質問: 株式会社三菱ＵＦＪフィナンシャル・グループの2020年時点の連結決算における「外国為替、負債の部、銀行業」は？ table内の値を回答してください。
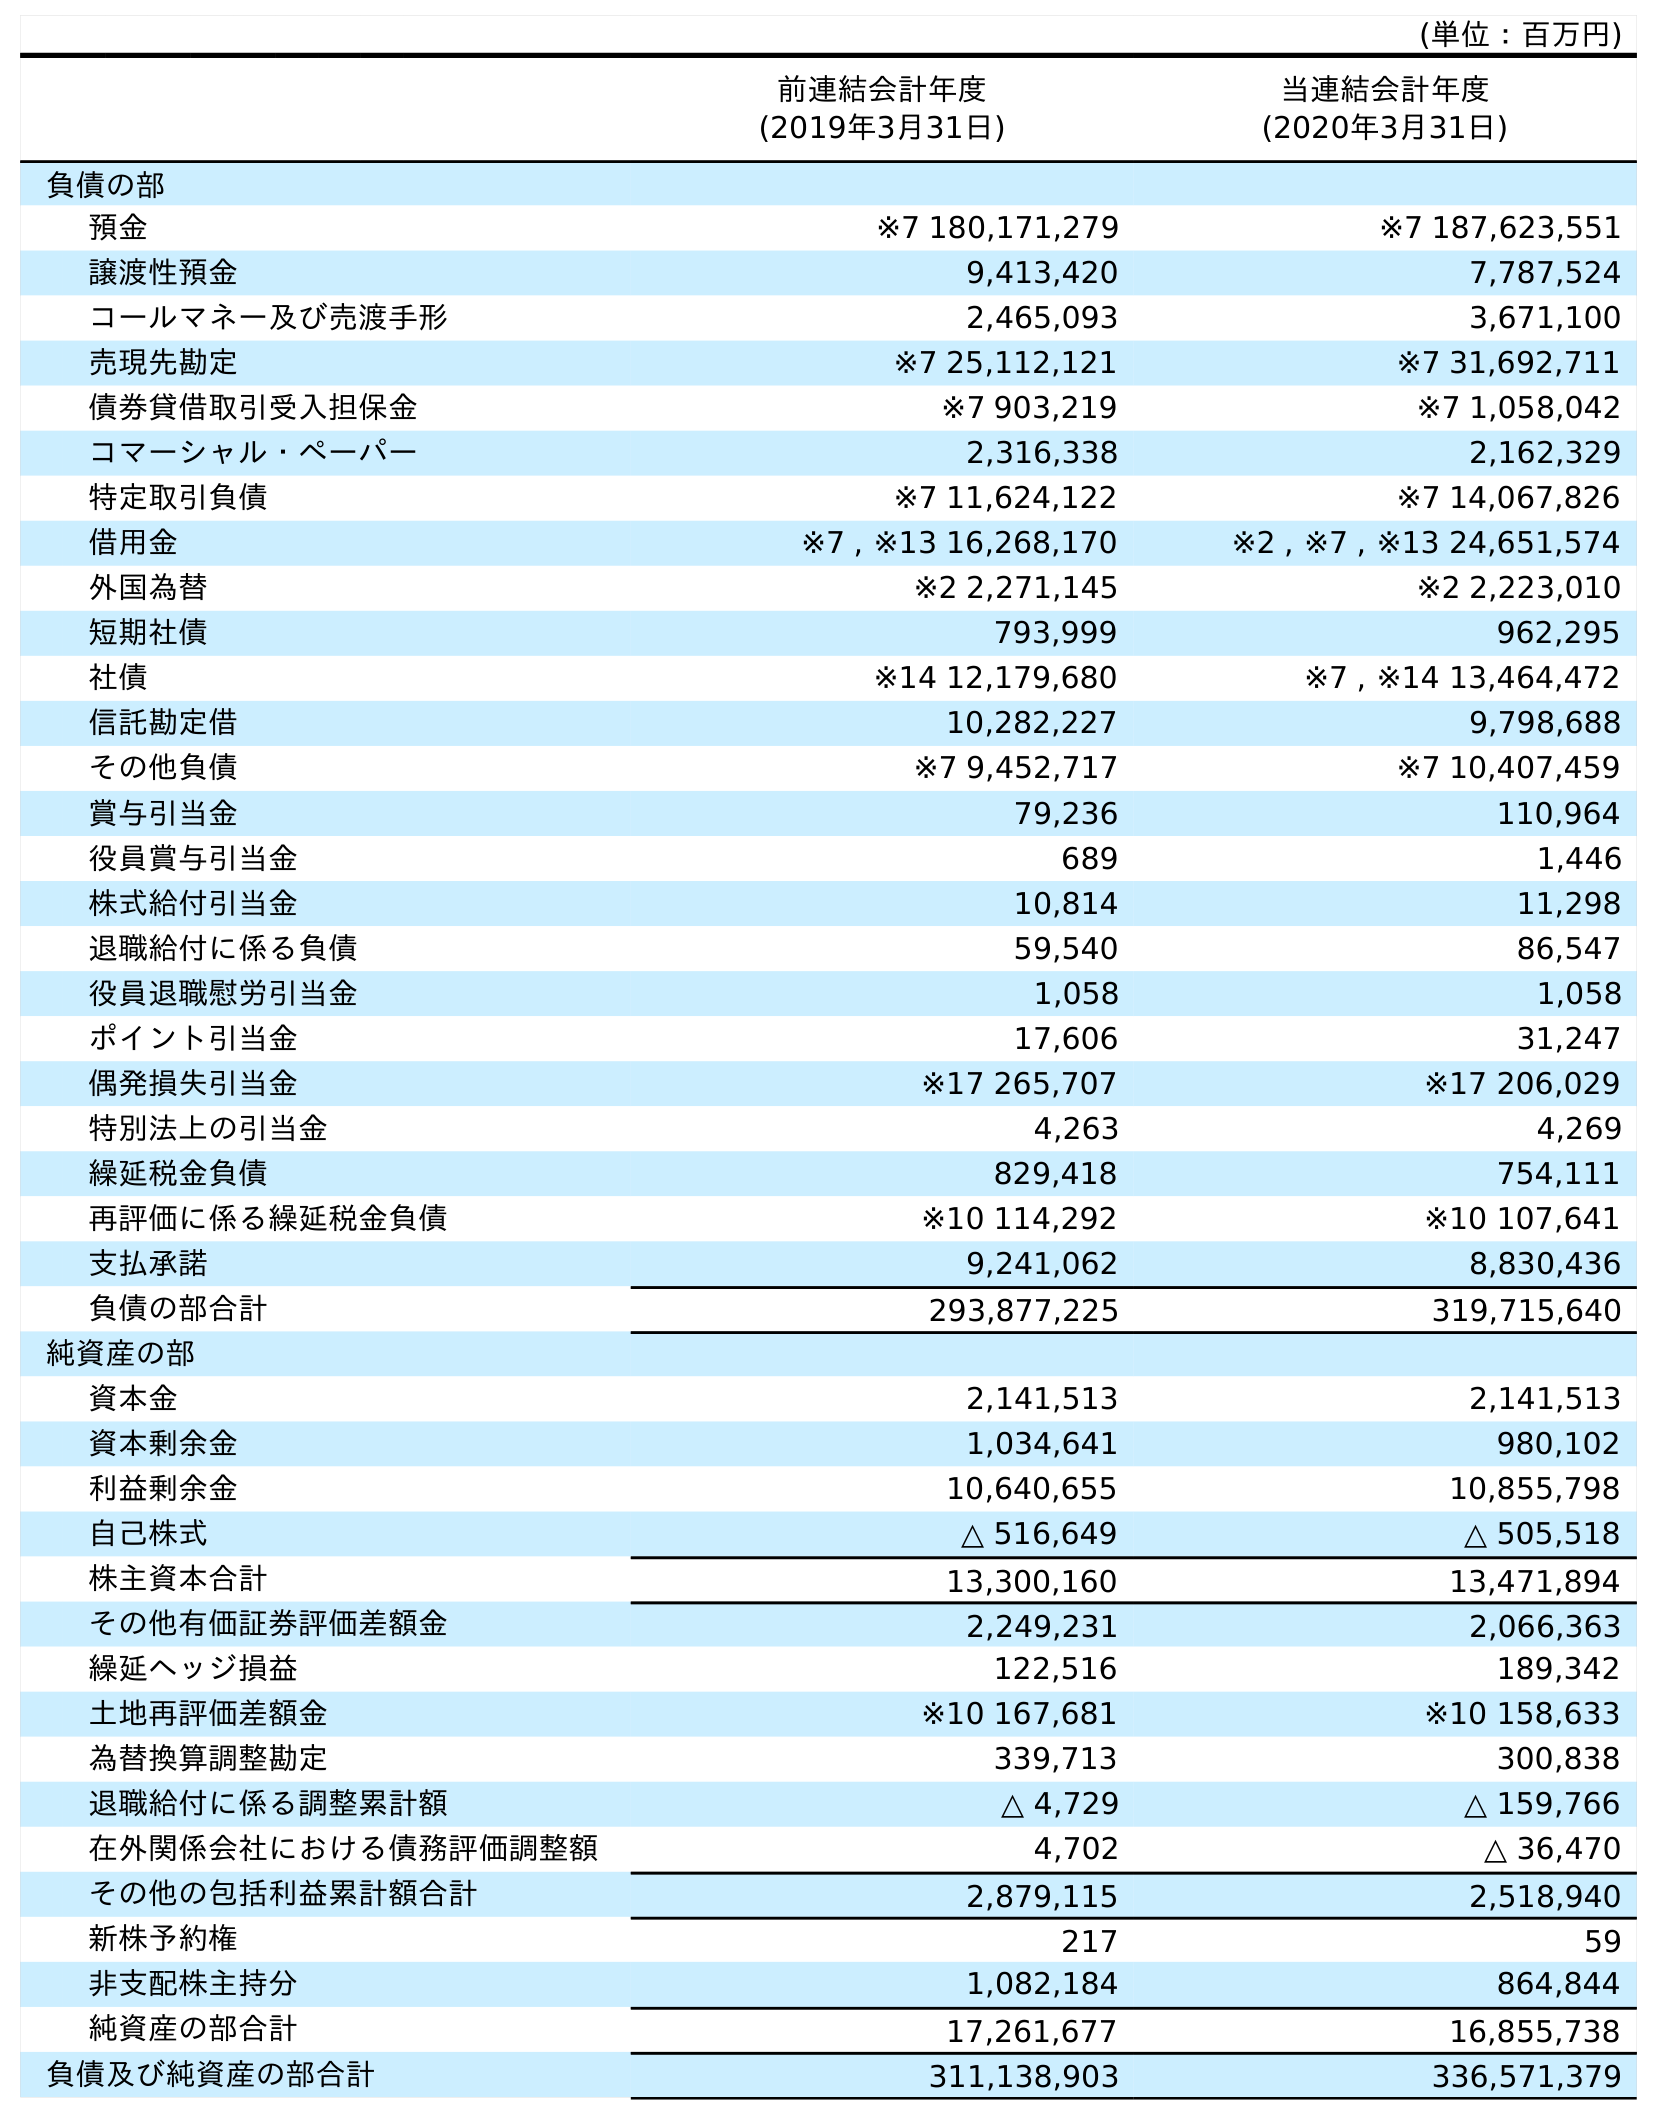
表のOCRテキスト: (単位：百万円) 前連結会計年度 (2019年3月31日) 当連結会計年度 (2020年3月31日) 負債の部 預金 ※7 180,171,279 ※7 187,623,551 譲渡性預金 9,413,420 7,787,524 コールマネー及び売渡手形 2,465,093 3,671,100 売現先勘定 ※7 25,112,121 ※7 31,692,711 債券貸借取引受入担保金 ※7 903,219 ※7 1,058,042 コマーシャル・ペーパー 2,316,338 2,162,329 特定取引負債 ※7 11,624,122 ※7 14,067,826 借用金 ※7 , ※13 16,268,170 ※2 , ※7 , ※13 24,651,574 外国為替 ※2 2,271,145 ※2 2,223,010 短期社債 793,999 962,295 社債 ※14 12,179,680 ※7 , ※14 13,464,472 信託勘定借 10,282,227 9,798,688 その他負債 ※7 9,452,717 ※7 10,407,459 賞与引当金 79,236 110,964 役員賞与引当金 689 1,446 株式給付引当金 10,814 11,298 退職給付に係る負債 59,540 86,547 役員退職慰労引当金 1,058 1,058 ポイント引当金 17,606 31,247 偶発損失引当金 ※17 265,707 ※17 206,029 特別法上の引当金 4,263 4,269 繰延税金負債 829,418 754,111 再評価に係る繰延税金負債 ※10 114,292 ※10 107,641 支払承諾 9,241,062 8,830,436 負債の部合計 293,877,225 319,715,640 純資産の部 資本金 2,141,513 2,141,513 資本剰余金 1,034,641 980,102 利益剰余金 10,640,655 10,855,798 自己株式 △ 516,649 △ 505,518 株主資本合計 13,300,160 13,471,894 その他有価証券評価差額金 2,249,231 2,066,363 繰延ヘッジ損益 122,516 189,342 土地再評価差額金 ※10 167,681 ※10 158,633 為替換算調整勘定 339,713 300,838 退職給付に係る調整累計額 △ 4,729 △ 159,766 在外関係会社における債務評価調整額 4,702 △ 36,470 その他の包括利益累計額合計 2,879,115 2,518,940 新株予約権 217 59 非支配株主持分 1,082,184 864,844 純資産の部合計 17,261,677 16,855,738 負債及び純資産の部合計 311,138,903 336,571,379
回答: ※22,223,010